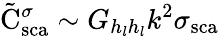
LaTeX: \tilde{\mathrm{{C}}}_{\mathrm{{sca}}}^{\sigma}\sim G_{h_{l}h_{l}}k^{2}{\sigma}_{\mathrm{{sca}}}